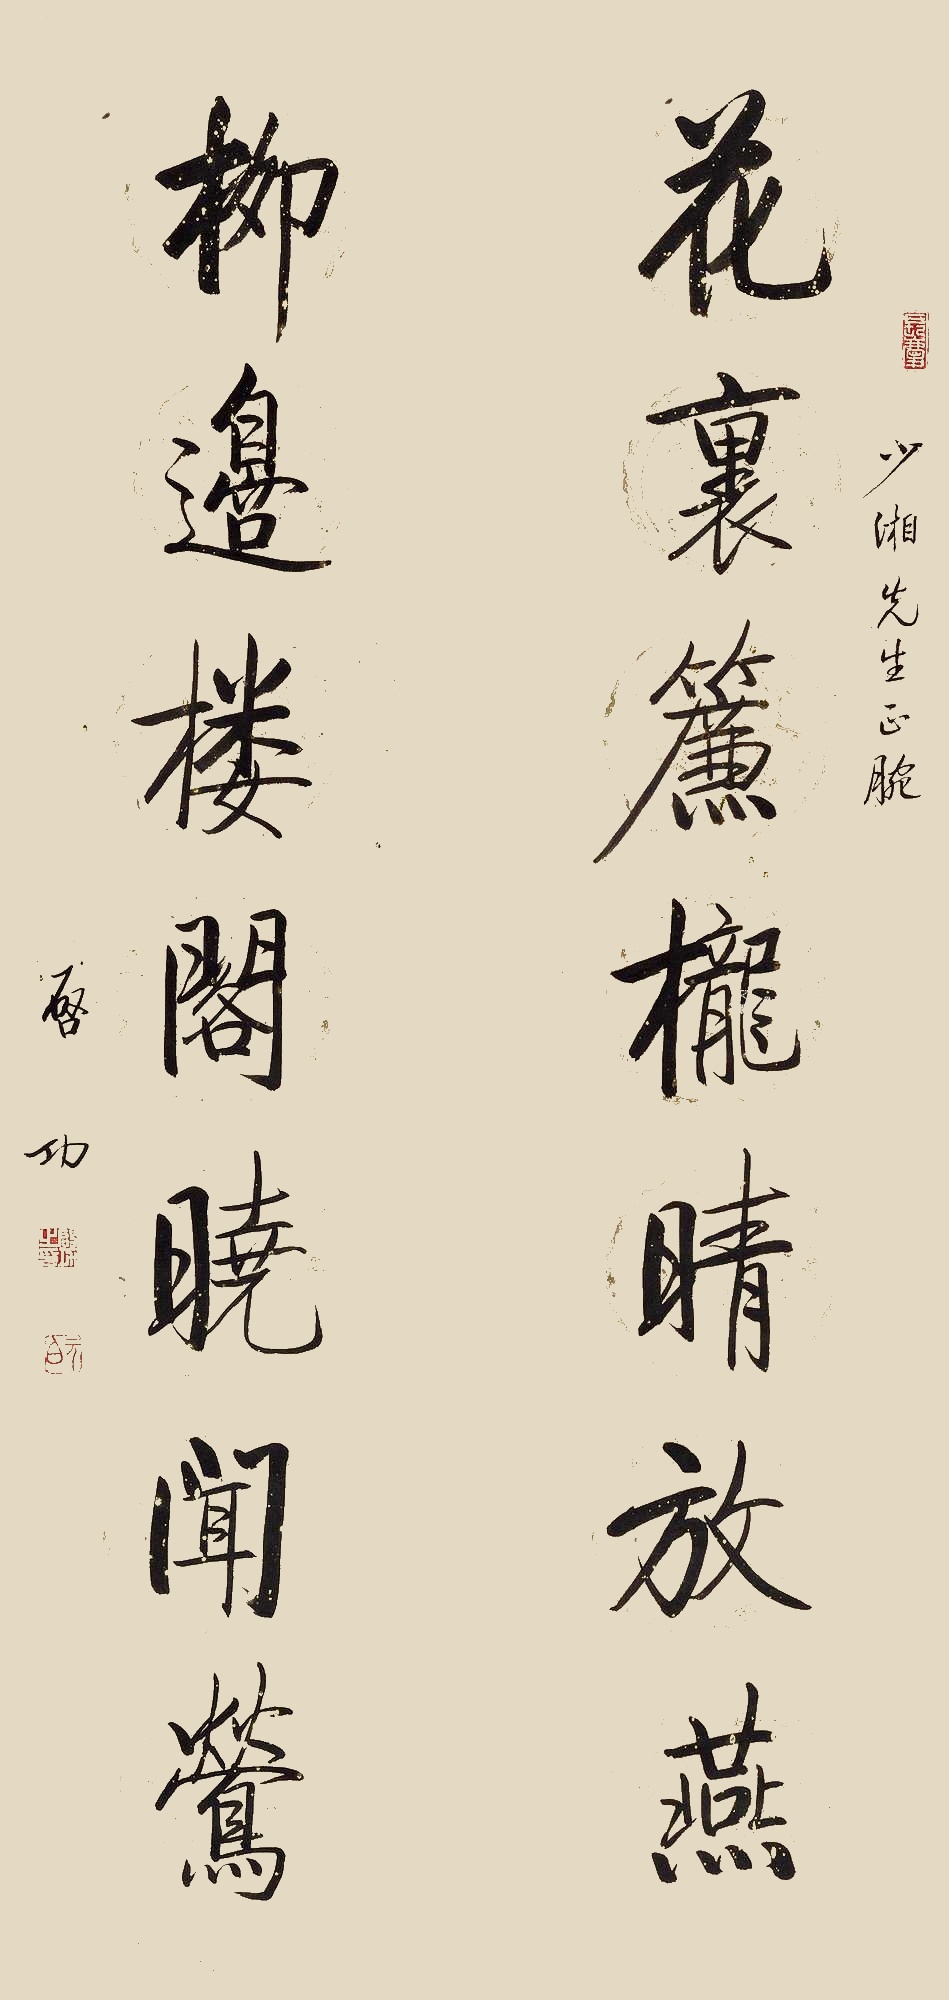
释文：花里帘栊晴放燕，柳边楼阁晓闻莺。少湘先生正腕，启功。